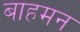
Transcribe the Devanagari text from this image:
बाहमन